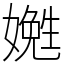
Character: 嬎